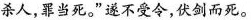
杀人，罪当死。”遂不受令，伏剑而死。